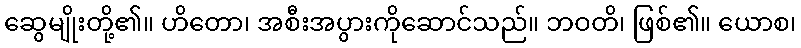
ဆွေမျိုးတို့၏။ ဟိတော၊ အစီးအပွားကိုဆောင်သည်။ ဘဝတိ၊ ဖြစ်၏။ ယောစ၊